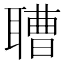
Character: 䏆